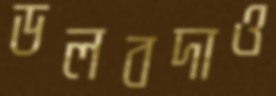
ডলবদাও